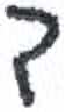
אות: ד